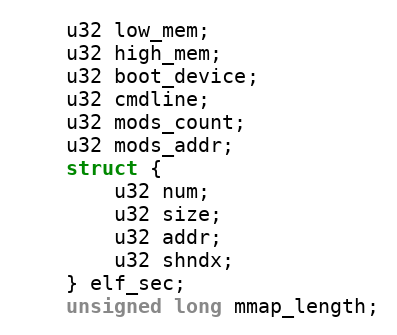
Language: C
	u32 low_mem;
	u32 high_mem;
	u32 boot_device;
	u32 cmdline;
	u32 mods_count;
	u32 mods_addr;
	struct {
		u32 num;
		u32 size;
		u32 addr;
		u32 shndx;
	} elf_sec;
	unsigned long mmap_length;